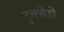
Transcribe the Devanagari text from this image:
टुक्सेडो